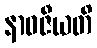
နာဝဇီယတိ